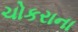
ચોકરાના